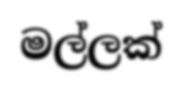
මල්ලක්